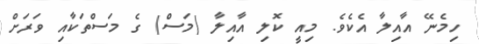
ހިމެނޭ އާއިލާ އެކެވެ. މިއީ ކޮލި އާއިލާ (މަސް) ގެ މަސްތަކާއި ވަރަށް